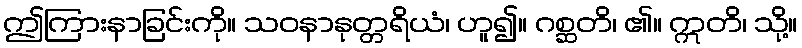
ဤကြားနာခြင်းကို။ သဝနာနုတ္တရိယံ၊ ဟူ၍။ ဂစ္ဆတိ၊ ၏။ ဣတိ၊ သို့။